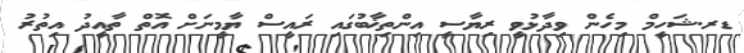
ޑރ.ޝަހީމް މިހެން ވިދާޅުވީ ރިޔާސީ އިންތިޚާބުގައި ރައީސް ޔާމީނަށް އޮތް ތާއީދު އިތުރު